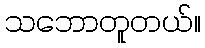
သဘောတူတယ်။